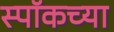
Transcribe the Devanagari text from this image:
स्पॉकच्या